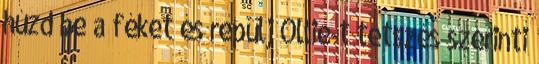
húzd be a féket és repülj Ollie-t tetszés szerinti